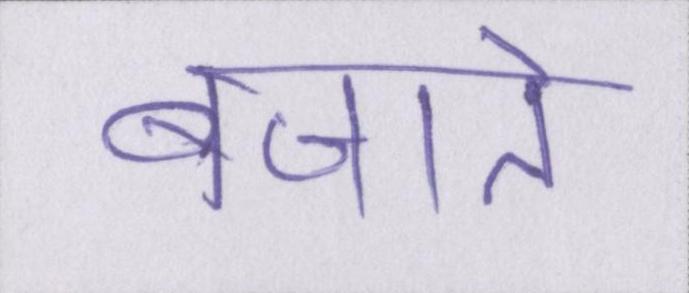
बजाते